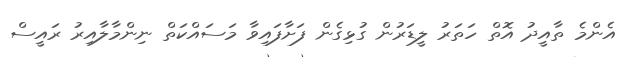
އެންމެ ތާއީދު އޮތް ހަތަރު ލީޑަރުން ގުޅިގެން ފަށާފައިވާ މަސައްކަތް ނިންމާލާއިރު ރައީސް